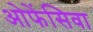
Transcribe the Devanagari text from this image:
ओफेंसिवा